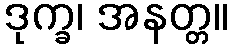
ဒုက္ခ၊ အနတ္တ။